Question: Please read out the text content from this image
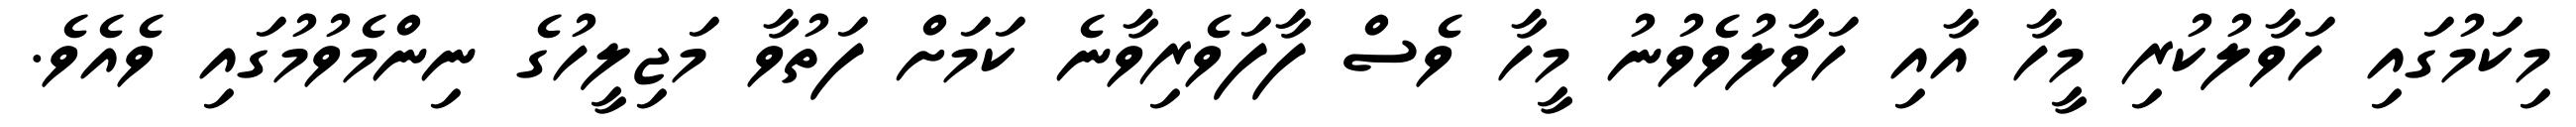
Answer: މިކަމުގައި ހަވާލުކުރި މީހާ އާއި ހަވާލުވެވުނު މީހާ ވެސް ފާފަވެރިވާނެ ކަމަށް ފަތުވާ މަޖިލީހުގެ ނިންމެވުމުގައި ވެއެވެ.